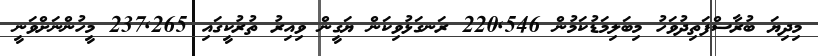
މިދިޔަ ބުރާސްފަތިދުވަހު މިބަލިމަޑުކަމުން 220